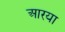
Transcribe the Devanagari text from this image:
आरया